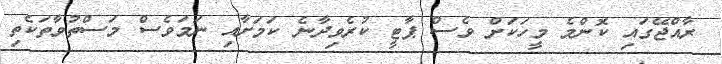
ރާއްޖޭގައި ކޮންމެ މީހަކަށް ވެސް ޕާޓީ ކުރެވިދާނެ ކަމަށާއި ނަމަވެސް މަސްތުވާތަކެތި